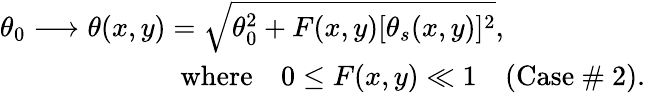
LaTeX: \begin{array}{r}{\theta_{0}\longrightarrow\theta(x,y)=\sqrt{\theta_{0}^{2}+F(x,y)[\theta_{s}(x,y)]^{2}},\quad\quad\quad\quad\quad}\\ {\quad\quad\quad\quad\textrm{where}\quad 0\le F(x,y)\ll 1\quad\textrm{(Case~\# 2)}.}\end{array}